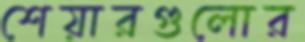
শেয়ারগুলোর